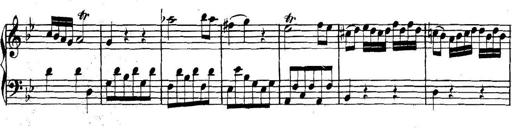
Title: Collected Piano Sonatas
Composer: Muzio Clementi